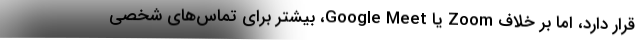
قرار دارد، اما بر خلاف Zoom یا Google Meet، بیشتر برای تماس‌های شخصی